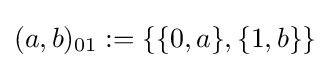
(a,b)_{\text{01}}:=\{\{0,a\},\{1,b\}\}